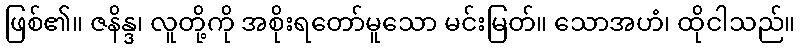
ဖြစ်၏။ ဇနိန္ဒ၊ လူတို့ကို အစိုးရတော်မူသော မင်းမြတ်။ သောအဟံ၊ ထိုငါသည်။